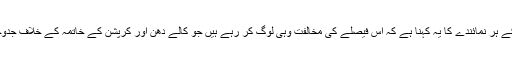
ان کا اور حکومت کے ہر نمائندے کا یہ کہنا ہے کہ اس فیصلے کی مخالفت وہی لوگ کر رہے ہیں جو کالے دھن اور کرپشن کے خاتمہ کے خلاف جدوجہد پر بے چین ہیں۔